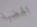
الهضبة